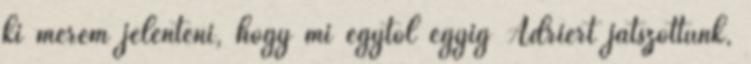
ki merem jelenteni, hogy mi egytől egyig Adriért játszottunk,